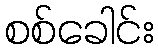
စစ်ခေါင်း